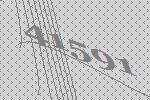
41591